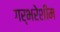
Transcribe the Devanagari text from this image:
गर्भरेशीम